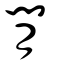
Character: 閒